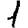
Digit: 1